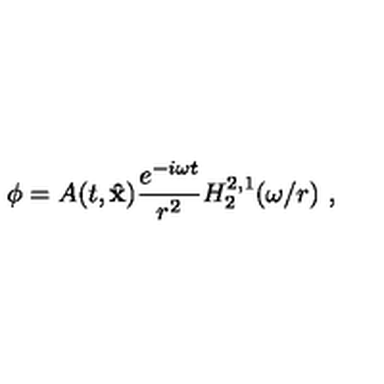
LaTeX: \phi = A ( t , { \bf \hat { x } } ) \frac { e ^ { - i \omega t } } { r ^ { 2 } } H _ { 2 } ^ { 2 , 1 } ( \omega / r ) \ ,